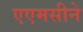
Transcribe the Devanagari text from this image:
एएमसीने